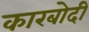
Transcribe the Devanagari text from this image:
कारबोदी